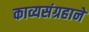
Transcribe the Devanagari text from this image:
काव्यसंग्रहाने